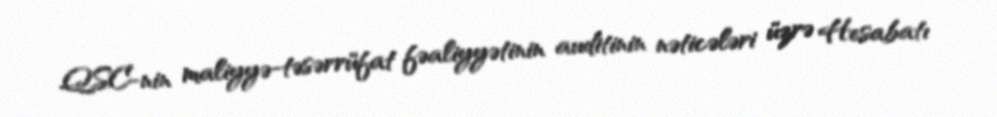
QSC-nin maliyyə-təsərrüfat fəaliyyətinin auditinin nəticələri üzrə Hesabatı